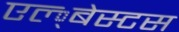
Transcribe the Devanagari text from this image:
एल्‍्बेस्टस